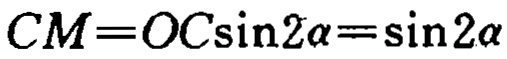
\(CM = OC\sin 2\alpha=\sin 2\alpha\)